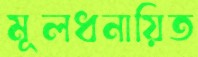
মূলধনায়িত